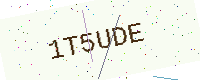
Text: 1T5UDE